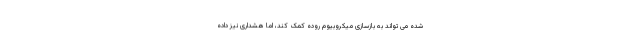
شده می تواند به بازسازی میکروبیوم روده کمک کند، اما هشداری نیز داده